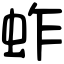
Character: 蚱